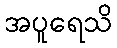
အပူရေသိ